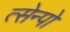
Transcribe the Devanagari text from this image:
त्सेन्पो